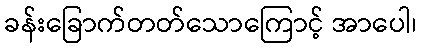
ခန်းခြောက်တတ်သောကြောင့် အာပေါ၊